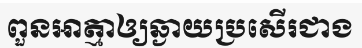
ពួនអាត្មាឲ្យឆ្ងាយប្រសើរជាង